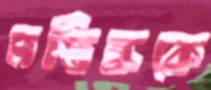
মস্তিষ্ককে